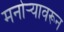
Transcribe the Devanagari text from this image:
मनोर्‍यावरून